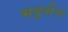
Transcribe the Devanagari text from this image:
भद्र्सेन